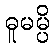
ဓူမမ္ပိ